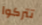
تتركوا